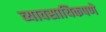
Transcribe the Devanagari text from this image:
व्यावसायिकपणे